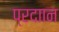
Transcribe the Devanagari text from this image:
प्रदाान